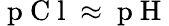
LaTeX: \mathrm{~p~C~l~}\approx\mathrm{~p~H~}